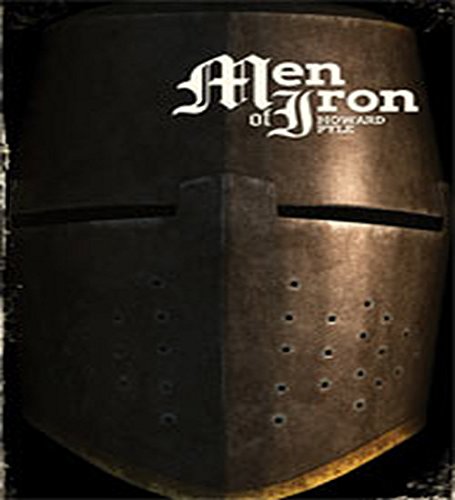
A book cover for Men of Iron; Howard Pyle; Teen & Young Adult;